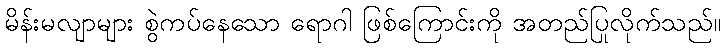
မိန်းမလျာများ စွဲကပ်နေသော ရောဂါ ဖြစ်ကြောင်းကို အတည်ပြုလိုက်သည်။